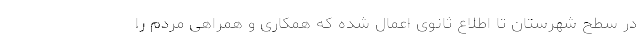
در سطح شهرستان تا اطلاع ثانوی اعمال شده که همکاری و همراهی مردم را